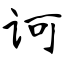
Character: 诃